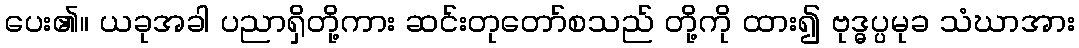
ပေး၏။ ယခုအခါ ပညာရှိတို့ကား ဆင်းတုတော်စသည် တို့ကို ထား၍ ဗုဒ္ဓပ္ပမုခ သံဃာအား